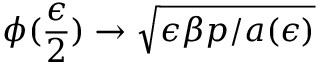
\phi ( \frac { \epsilon } { 2 } ) \to \sqrt { \epsilon \beta p / a ( \epsilon ) }